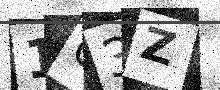
Text: 1C3Z